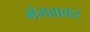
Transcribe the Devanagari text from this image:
मँगवाकर